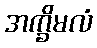
အက္ခိမလံ